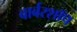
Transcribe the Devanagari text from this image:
बार्बरशॉप